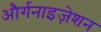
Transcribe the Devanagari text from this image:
और्गनाइज़ेशन